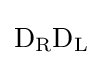
\mathrm {D} _{\rm {R}}\mathrm {D} _{\rm {L}}